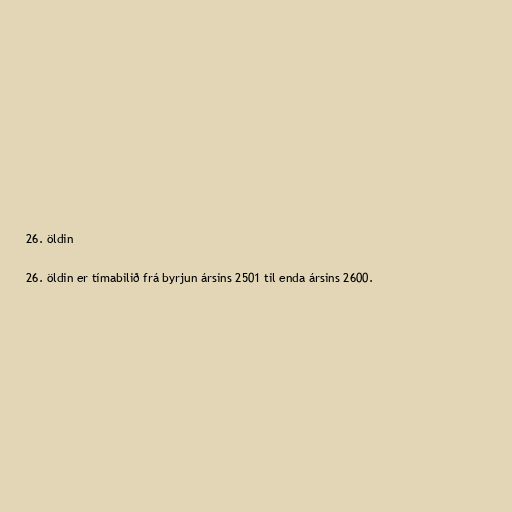
26. öldin

26. öldin er tímabilið frá byrjun ársins 2501 til enda ársins 2600.